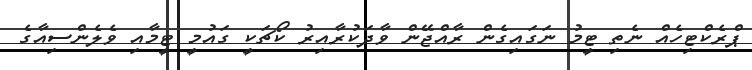
ޕްރެކްޓިހެއް ނެތި ޓީމު ނަގައިގެން ރާއްޖޭން ވާދަކުރާއިރު ކޯޗަކީ ގައުމީ ޓީމާއި ވެލެންސިއާގެ